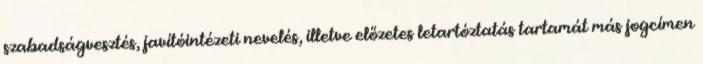
szabadságvesztés, javítóintézeti nevelés, illetve előzetes letartóztatás tartamát más jogcímen